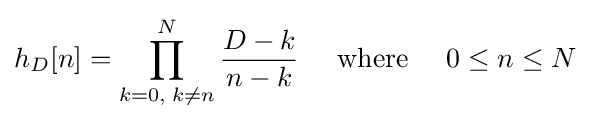
h_{D}[n]=\prod _{k=0,\;k\neq n}^{N}{D-k \over {n-k}}\;\;\;\;\;{\text{where}}\;\;\;\;\;0\leq n\leq N